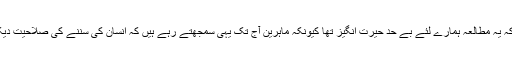
تحقیقاتی ٹیم کے پروفیسر جین کا کہنا ہے کہ یہ مطالعہ ہمارے لئے بے حد حیرت انگیز تھا کیونکہ ماہرین آج تک یہی سمجھتے رہے ہیں کہ انسان کی سننے کی صلاحیت دیکھنے کے مقابلے میں زیادہ بہتر ہوتی ہے۔